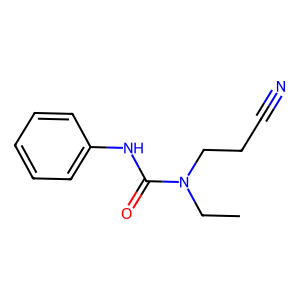
SMILES: CCN(CCC#N)C(=O)Nc1ccccc1
Inhibits HIV replication: No